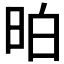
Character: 𣆆